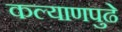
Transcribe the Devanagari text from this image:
कल्याणपुढे